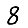
Digit: 8